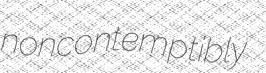
noncontemptibly